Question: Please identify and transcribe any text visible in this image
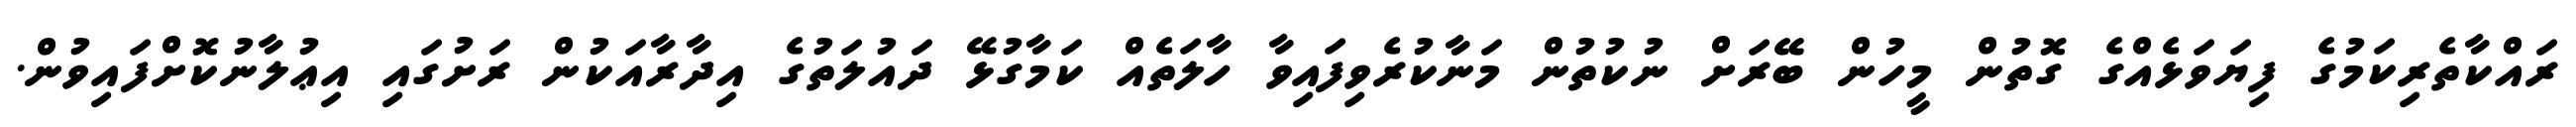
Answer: ރައްކާތެރިކަމުގެ ފިޔަވަޅެއްގެ ގޮތުން މީހުން ބޭރަށް ނުކުތުން މަނާކުރެވިފައިވާ ހާލަތެއް ކަމާގުޅޭ ދައުލަތުގެ އިދާރާއަކުން ރަށުގައި އިޢުލާނުކޮށްފައިވުން.